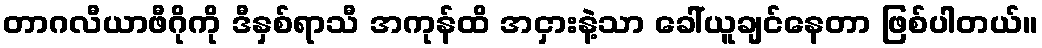
တာဂလီယာဖီဂိုကို ဒီနှစ်ရာသီ အကုန်ထိ အငှားနဲ့သာ ခေါ်ယူချင်နေတာ ဖြစ်ပါတယ်။